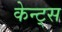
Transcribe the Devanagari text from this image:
केन्ट्स